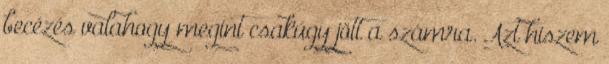
becézés valahogy megint csakúgy jött a számra. Azt hiszem